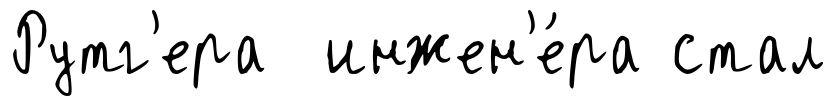
Рутг'ера инжен'е́ра стал